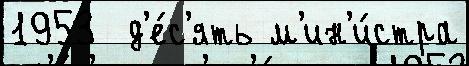
1953  д'е́с'ять м'ин'и́стра